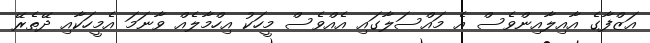
އަޒްފާގެ އާއިލާއިންވެސް އެ މައްސަލާގައި އެއްވެސް މީހަކު އިހްމާލެއް ވާނަމަ އެމީހަކާއި ދޭތެރޭ